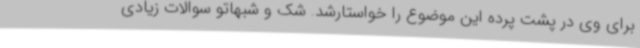
برای وی در پشت پرده این موضوع را خواستارشد. شک و شبهاتو سوالات زیادی